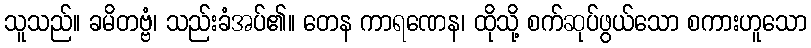
သူသည်။ ခမိတဗ္ဗံ၊ သည်းခံအပ်၏။ တေန ကာရဏေန၊ ထိုသို့ စက်ဆုပ်ဖွယ်သော စကားဟူသော